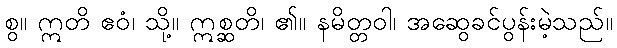
စွ။ ဣတိ ဧဝံ၊ သို့။ ဣစ္ဆတိ၊ ၏။ နမိတ္တဝါ၊ အဆွေခင်ပွန်းမဲ့သည်။